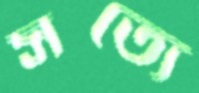
সত্যে